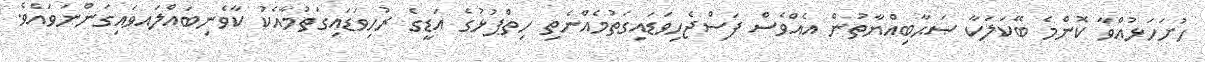
ހުށަހަޅުއްވާ ކޮންމެ ބޭކަލަކާ ޞަޙާބިއްޔާތުން އެއްވެސް ފަސްޖެހިވަޑައިގަތުމެއްނެތި ހިތްޕުޅުގެ އަޑީގެ ރުހިވަޑައިގަތުމާއެކު ކާވެނިބައްލައވައިގަންނަވައެވެ.